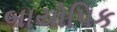
બાયોપિક